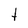
Character: t